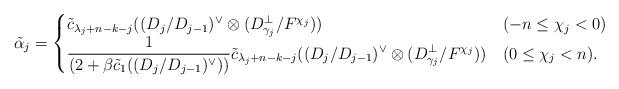
LaTeX: \begin{align*}\tilde{\alpha}_j = \begin{cases}\tilde{c}_{\lambda_j + n - k - j}((D_j/D_{j-1})^{\vee}\otimes (D_{\gamma_j}^{\perp}/F^{\chi_j})) & (-n\leq \chi_j<0)\\\displaystyle\frac{1}{(2+\beta \tilde{c}_1((D_j/D_{j-1})^{\vee}))} \tilde{c}_{\lambda_j + n - k - j}((D_j/D_{j-1})^{\vee}\otimes (D_{\gamma_j}^{\perp}/F^{\chi_j}))& (0\leq \chi_j< n).\end{cases}\end{align*}